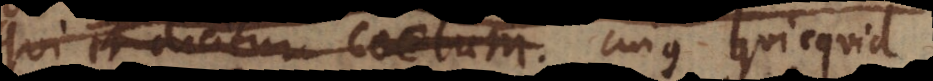
qui et dicitur coelum. cujus quicquid